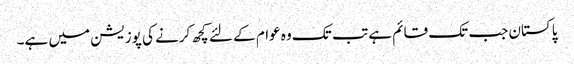
پاکستان جب تک قائم ہے تب تک وہ عوام کے لئے کچھ کرنے کی پوزیشن میں ہے۔